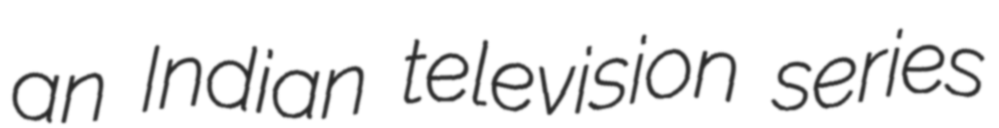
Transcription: an Indian television series